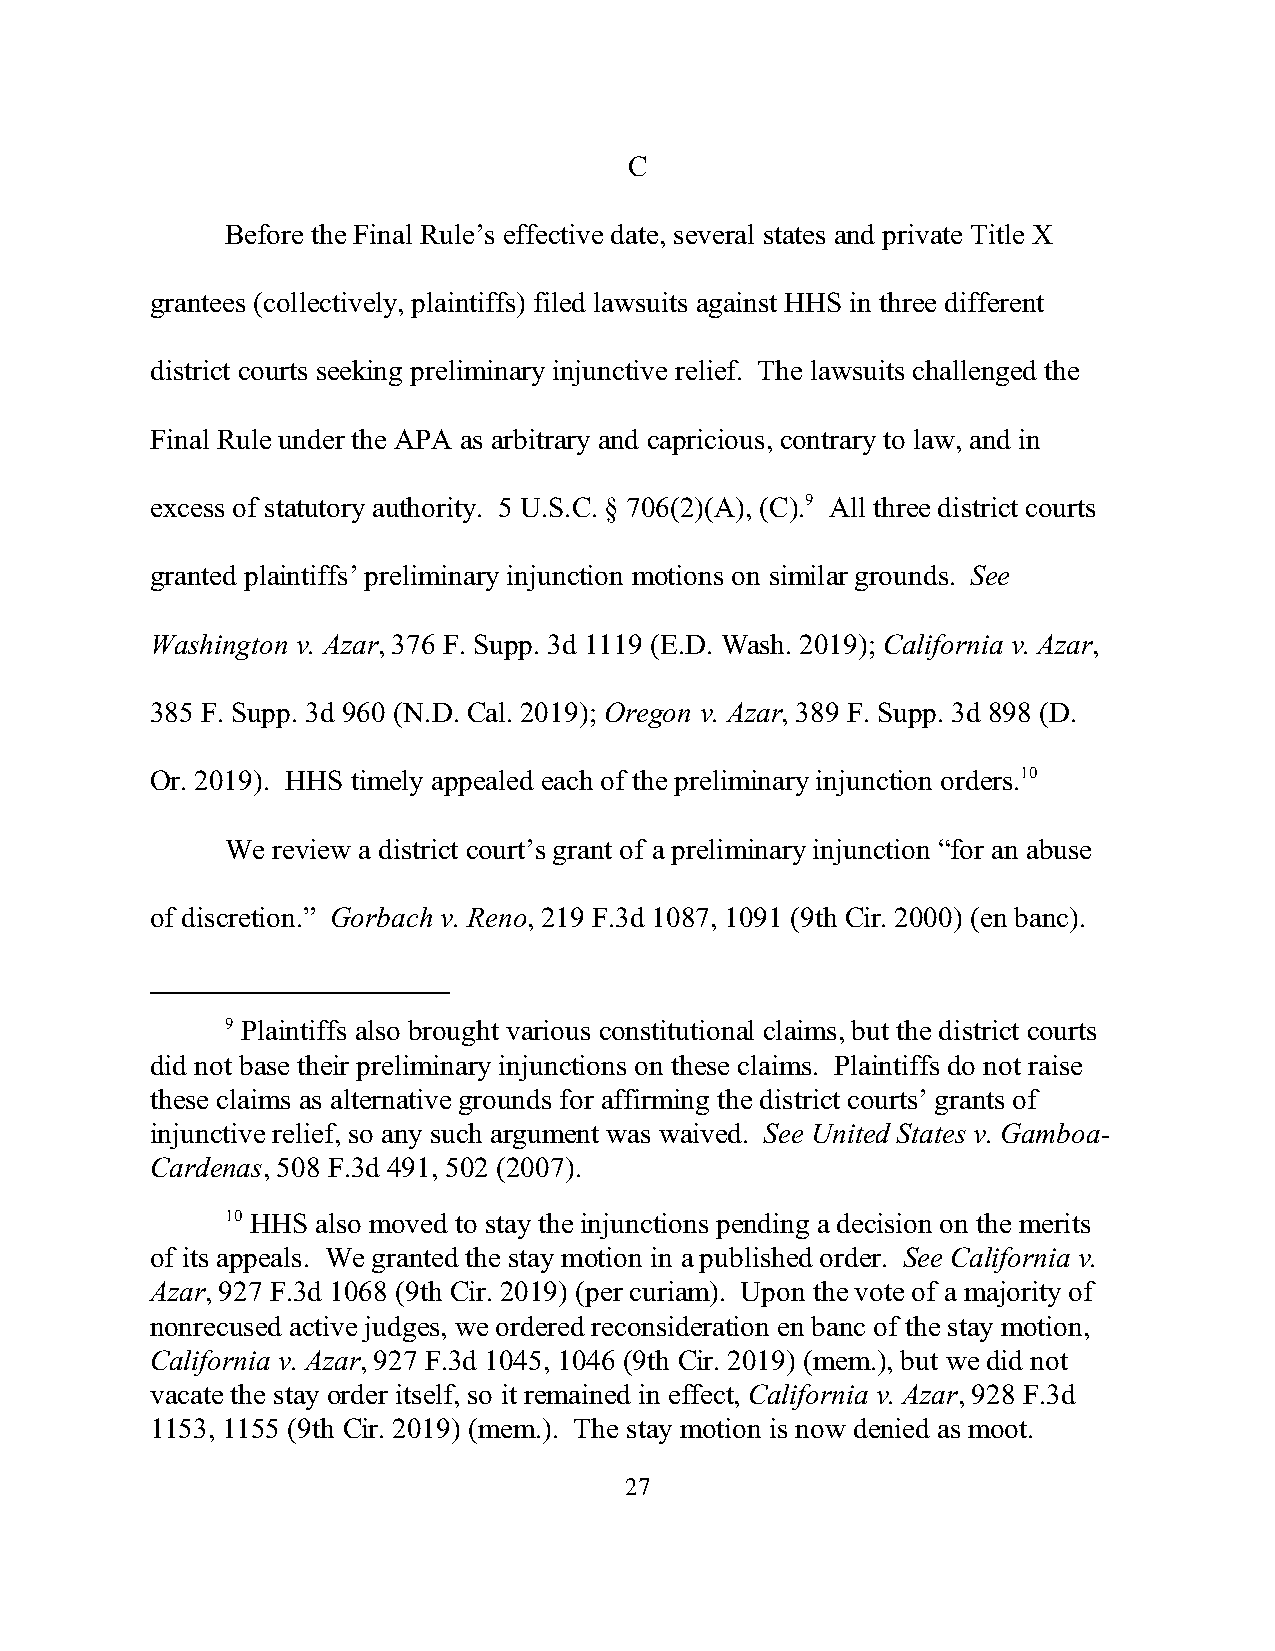
C
 Before the Final Rule’s effective date, several states and private Title X
 grantees (collectively, plaintiffs) filed lawsuits against HHS in three different
 district courts seeking preliminary injunctive relief. The lawsuits challenged the
 Final Rule under the APA as arbitrary and capricious, contrary to law, and in
 excess of statutory authority. 5 U.S.C. § 706(2)(A), (C).9 All three district courts
 granted plaintiffs’ preliminary injunction motions on similar grounds. See
 Washington v. Azar, 376 F. Supp. 3d 1119 (E.D. Wash. 2019); California v. Azar,
 385 F. Supp. 3d 960 (N.D. Cal. 2019); Oregon v. Azar, 389 F. Supp. 3d 898 (D.
 Or. 2019). HHS timely appealed each of the preliminary injunction orders.10
 We review a district court’s grant of a preliminary injunction “for an abuse
 of discretion.” Gorbach v. Reno, 219 F.3d 1087, 1091 (9th Cir. 2000) (en banc).
 9 Plaintiffs also brought various constitutional claims, but the district courts
 did not base their preliminary injunctions on these claims. Plaintiffs do not raise
 these claims as alternative grounds for affirming the district courts’ grants of
 injunctive relief, so any such argument was waived. See United States v. Gamboa-
 Cardenas, 508 F.3d 491, 502 (2007).
 10 HHS also moved to stay the injunctions pending a decision on the merits
 of its appeals. We granted the stay motion in a published order. See California v.
 Azar, 927 F.3d 1068 (9th Cir. 2019) (per curiam). Upon the vote of a majority of
 nonrecused active judges, we ordered reconsideration en banc of the stay motion,
 California v. Azar, 927 F.3d 1045, 1046 (9th Cir. 2019) (mem.), but we did not
 vacate the stay order itself, so it remained in effect, California v. Azar, 928 F.3d
 1153, 1155 (9th Cir. 2019) (mem.). The stay motion is now denied as moot.
 27